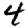
Digit: 4